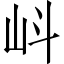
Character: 㞳